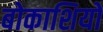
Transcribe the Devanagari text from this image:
बोकाशियो